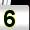
Digit: 5